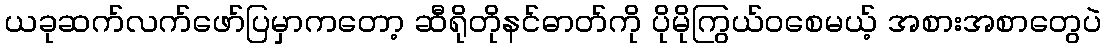
ယခုဆက်လက်ဖော်ပြမှာကတော့ ဆီရိုတိုနင်ဓာတ်ကို ပိုမိုကြွယ်ဝစေမယ့် အစားအစာတွေပဲ